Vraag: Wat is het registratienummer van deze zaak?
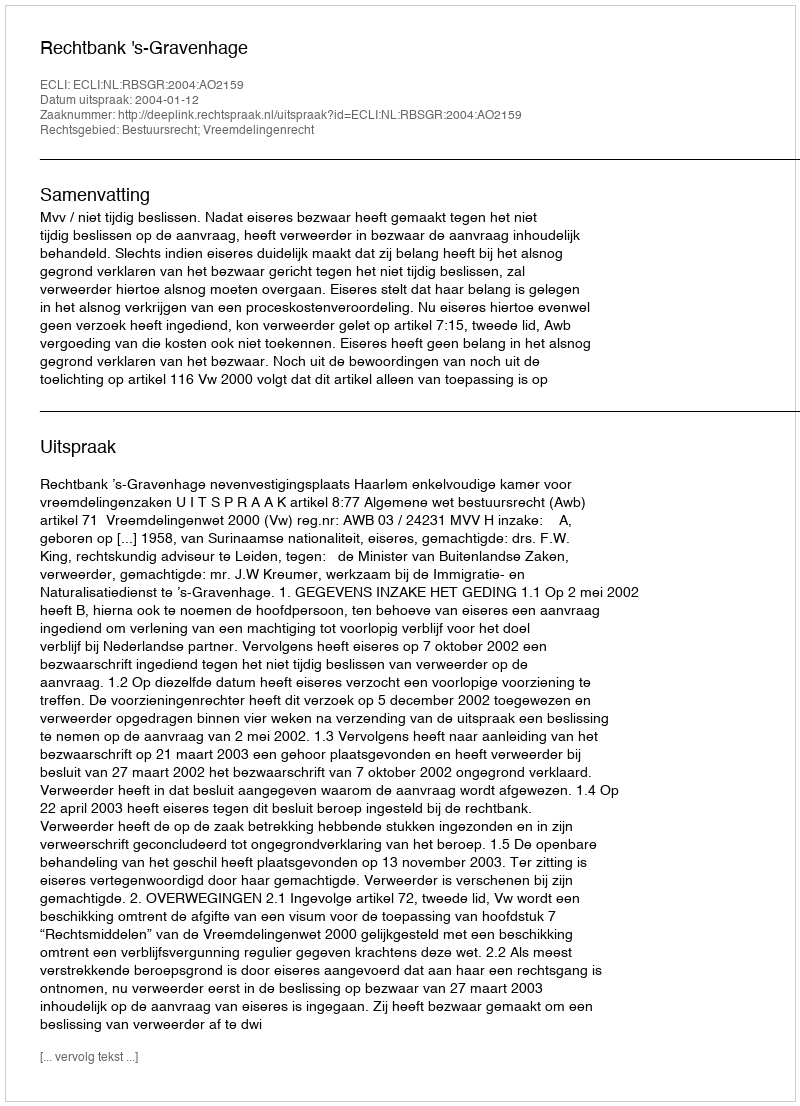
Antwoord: http://deeplink.rechtspraak.nl/uitspraak?id=ECLI:NL:RBSGR:2004:AO2159